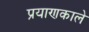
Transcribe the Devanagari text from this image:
प्रयाणकाले